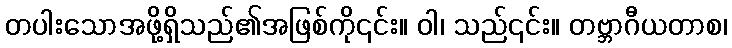
တပါးသောအဖို့ရှိသည်၏အဖြစ်ကို၎င်း။ ဝါ၊ သည်၎င်း။ တဗ္ဘာဂီယတာစ၊